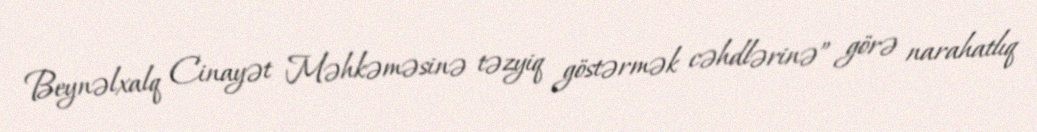
Beynəlxalq Cinayət Məhkəməsinə təzyiq göstərmək cəhdlərinə” görə narahatlıq